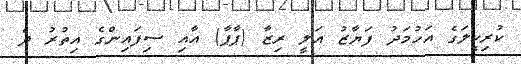
ކުރިކީލަގެ އަހުމަދު ފަޔާޒު އަލީ ރިޒާ (ޕާޕާ) އާއި ސިފައިންގެ އިތުރު ދެ